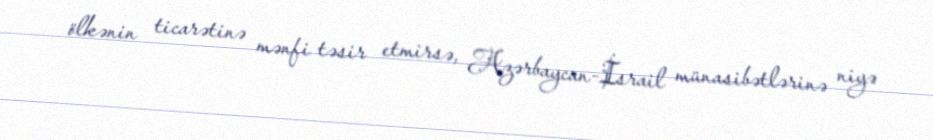
ölkənin ticarətinə mənfi təsir etmirsə, Azərbaycan-İsrail münasibətlərinə niyə